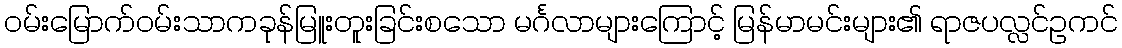
ဝမ်းမြောက်ဝမ်းသာကခုန်မြူးတူးခြင်းစသော မင်္ဂလာများကြောင့် မြန်မာမင်းများ၏ ရာဇပလ္လင်ဥကင်